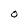
Character: O